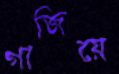
গাজিয়ে